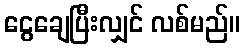
ငွေချေပြီးလျှင် လစ်မည်။